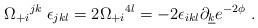
LaTeX: \begin{align*}\Omega_{+i}{}^{jk} \; \epsilon _{jkl} = 2 \Omega_{+i}{}^{4l}= -2\epsilon_{ikl} \partial_{\underline k}e^{-2\phi} \ .\end{align*}